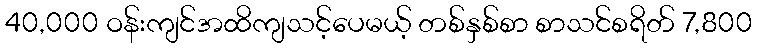
40,000 ဝန်းကျင်အထိကျသင့်ပေမယ့် တစ်နှစ်စာ စာသင်စရိတ် 7,800